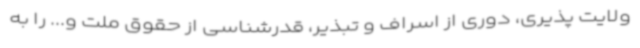
ولایت پذیری، دوری از اسراف و تبذیر، قدرشناسی از حقوق ملت و... را به